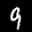
Label: 9